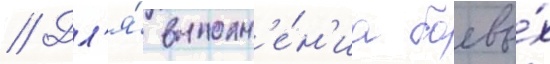
// Дл'я́ выполн'е́н'иа боевы́х